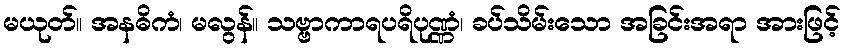
မယုတ်။ အနဓိကံ၊ မလွန်။ သဗ္ဗာကာရပရိပုဏ္ဏံ၊ ခပ်သိမ်းသော အခြင်းအရာ အားဖြင့်